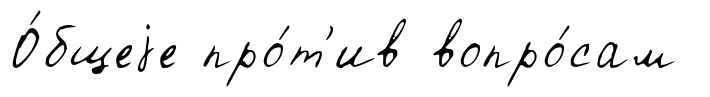
О́бщеjе про́т'ив вопро́сам